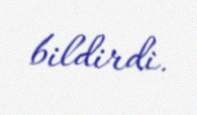
bildirdi.